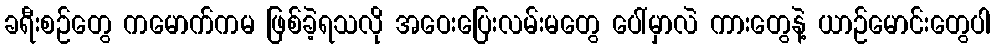
ခရီးစဉ်တွေ ကမောက်ကမ ဖြစ်ခဲ့ရသလို အဝေးပြေးလမ်းမတွေ ပေါ်မှာလဲ ကားတွေနဲ့ ယာဉ်မောင်းတွေပါ